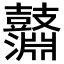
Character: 𪔱